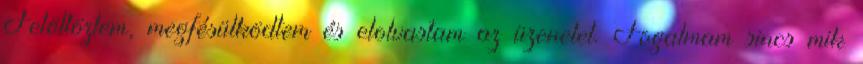
Felöltöztem, megfésülködtem és elolvastam az üzenetet. Fogalmam sincs mik